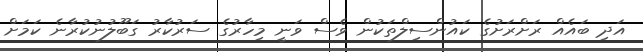
އަދި ބައެއް ރަށްރަށުގެ ކައުންސިލްތަކުން ވެސް ވަނީ މިހާރުގެ ސަރުކާރު ގަބޫލުނުކުރާނެ ކަމަށް